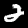
Label: 2